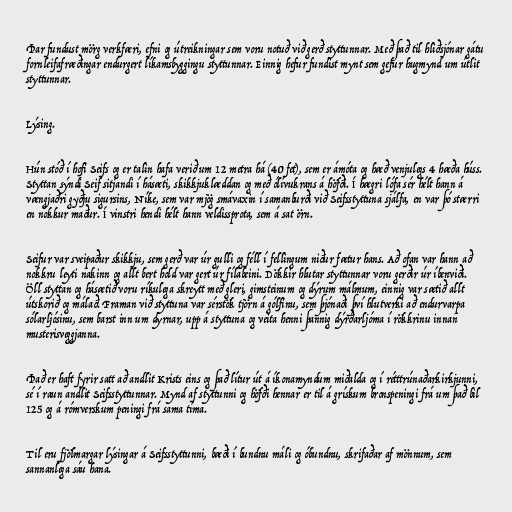
Þar fundust mörg verkfæri, efni og útreikningar sem voru notuð við gerð styttunnar. Með það til hliðsjónar gátu
fornleifafræðingar endurgert líkamsbyggingu styttunnar. Einnig hefur fundist mynt sem gefur hugmynd um útlit
styttunnar.

Lýsing.

Hún stóð í hofi Seifs og er talin hafa verið um 12 metra há (40 fet), sem er ámóta og hæð venjulegs 4 hæða húss.
Styttan sýndi Seif sitjandi í hásæti, skikkjuklæddan og með ólívukrans á höfði. Í hægri lófa sér hélt hann á
vængjaðri gyðju sigursins, Níke, sem var mjög smávaxin í samanburði við Seifsstyttuna sjálfa, en var þó stærri
en nokkur maður. Í vinstri hendi hélt hann veldissprota, sem á sat örn.

Seifur var sveipaður skikkju, sem gerð var úr gulli og féll í fellingum niður fætur hans. Að ofan var hann að
nokkru leyti nakinn og allt bert hold var gert úr fílabeini. Dökkir hlutar styttunnar voru gerðir úr íbenviði.
Öll styttan og hásætið voru ríkulega skreytt með gleri, gimsteinum og dýrum málmum, einnig var sætið allt
útskorið og málað. Framan við styttuna var sérstök tjörn á gólfinu, sem þjónaði því hlutverki að endurvarpa
sólarljósinu, sem barst inn um dyrnar, upp á styttuna og veita henni þannig dýrðarljóma í rökkrinu innan
musterisveggjanna.

Það er haft fyrir satt að andlit Krists eins og það lítur út á íkonamyndum miðalda og í rétttrúnaðarkirkjunni,
sé í raun andlit Seifsstyttunnar. Mynd af styttunni og höfði hennar er til á grískum bronspeningi frá um það bil
125 og á rómverskum peningi frá sama tíma.

Til eru fjölmargar lýsingar á Seifsstyttunni, bæði í bundnu máli og óbundnu, skrifaðar af mönnum, sem
sannanlega sáu hana.